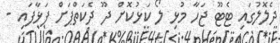
ދެލޮލުގައި ޓެޓޫ ޖަހާ މުޅި ލޯ ކަޅުކޮށް ދޫ ދެކަތްޕަށް ފަޅާފައި -